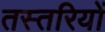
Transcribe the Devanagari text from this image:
तस्तरियों